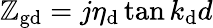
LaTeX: \mathbb{Z}_{\mathrm{{gd}}}=j\eta_{\mathrm{{d}}}\tan{k_{\mathrm{{d}}}d}